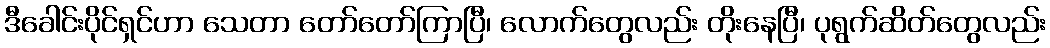
ဒီခေါင်းပိုင်ရှင်ဟာ သေတာ တော်တော်ကြာပြီ၊ လောက်တွေလည်း တိုးနေပြီ၊ ပုရွက်ဆိတ်တွေလည်း